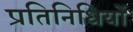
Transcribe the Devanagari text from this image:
प्रतिनिधियों